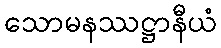
သောမနဿဋ္ဌာနီယံ